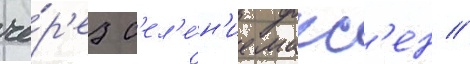
че́р'ез с'ел'е́н'ие макс'ен /